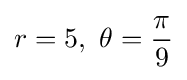
r=5,\ \theta ={\pi  \over 9}